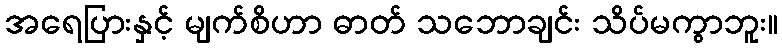
အရေပြားနှင့် မျက်စိဟာ ဓာတ် သဘောချင်း သိပ်မကွာဘူး။